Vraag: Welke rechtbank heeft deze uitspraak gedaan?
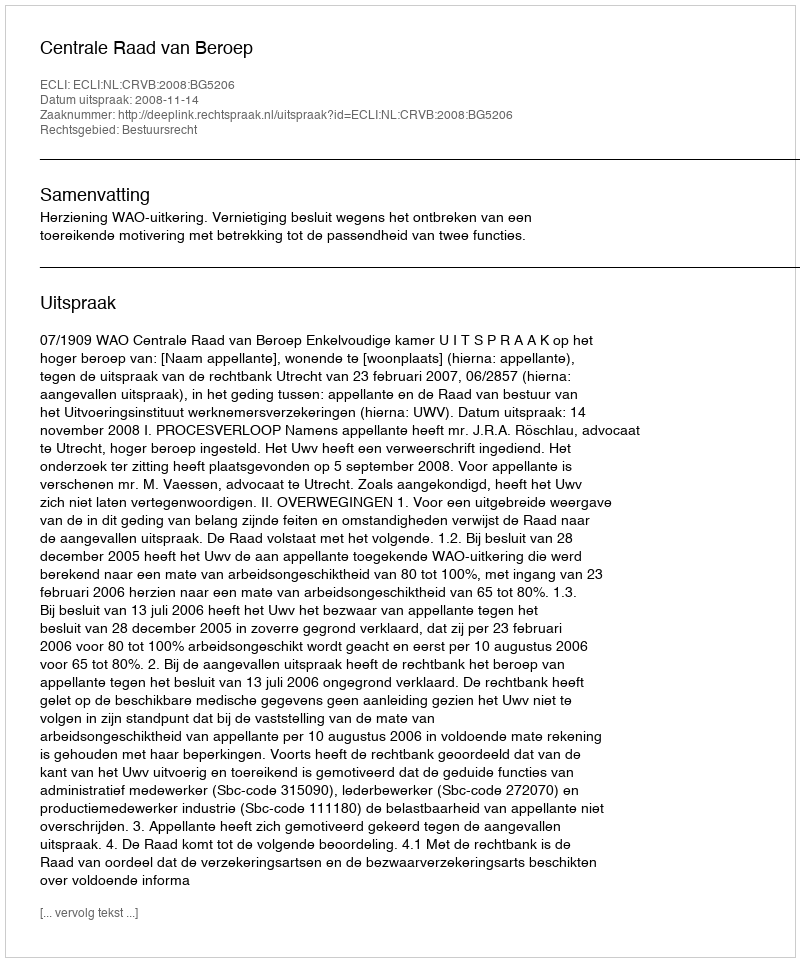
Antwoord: Centrale Raad van Beroep